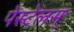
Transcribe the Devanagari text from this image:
पेस्टेलस्